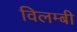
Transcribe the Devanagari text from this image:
विलम्बी